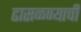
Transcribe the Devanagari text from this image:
ढासळण्याची